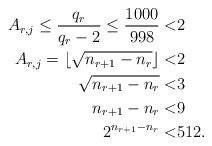
\begin{align*} A_{r,j} \leq \frac{q_r}{q_r - 2} \leq \frac{1000}{998} <&2\\ A_{r,j}=\lfloor \sqrt{n_{r+1} - n_r} \rfloor <& 2\\ \sqrt{n_{r+1} - n_r} <& 3\\ n_{r+1} - n_r <& 9\\ 2^{n_{r+1} - n_r} <& 512.\end{align*}